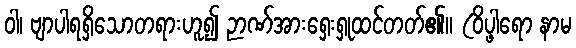
ဝါ၊ ဗျာပါရရှိသောတရားဟူ၍ ဉာဏ်အားရှေးရှုထင်တတ်၏။ (ဝိပ္ဖါရော နာမ